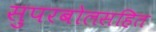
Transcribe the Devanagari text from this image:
सुपरबोलसहित